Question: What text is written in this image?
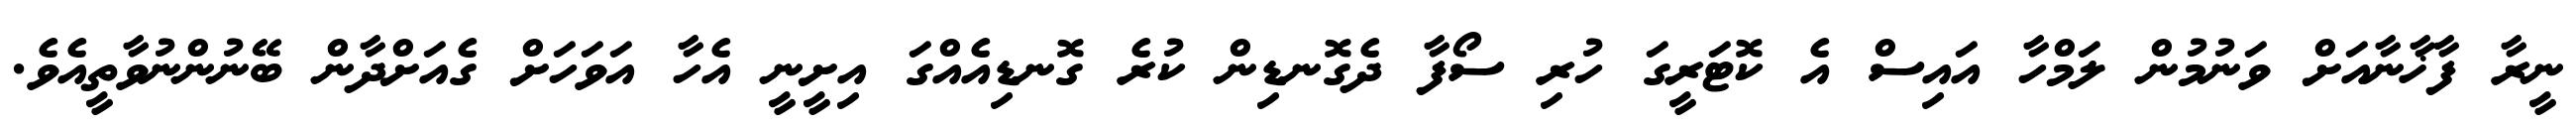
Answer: ނީރާ ފާޚާނާއަށް ވަނުމުން ލަމްހާ އައިސް އެ ކޮޓަރީގަ ހުރި ސޯފާ ދެގޮނޑިން ކުރެ ގޮނޑިއެއްގަ އިށީނީ އެހާ އަވަހަށް ގެއަށްދާން ބޭނުންނުވާތީއެވެ.